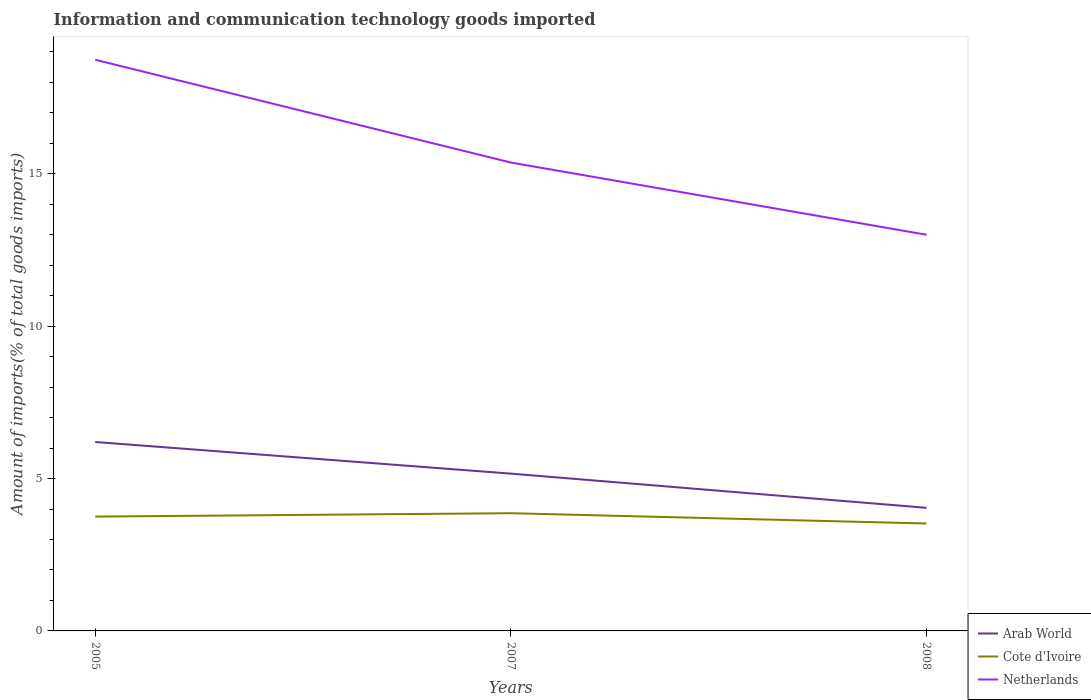
| Years | Arab World | Cote d'Ivoire | Netherlands |
 | --- | --- | --- | --- |
 | 2005 | 6.2 | 3.75 | 18.7 |
 | 2007 | 5.16 | 3.86 | 15.4 |
 | 2008 | 4.04 | 3.53 | 13 |